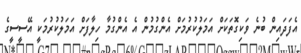
އެފަދައިން ބުނެ ވަކިގޮތަކަށް އަމަލުކުރުމަށް އެންގުމުން އެ އެންގުމާ ހިލާފަށް އަމަލުކުރުމަކީ އޭސީސީގެ